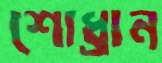
শোধ্‌রান